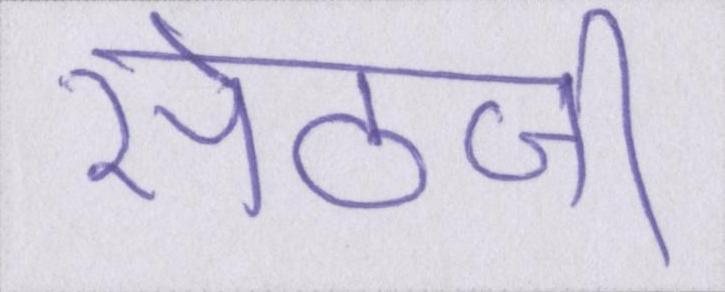
सेठजी